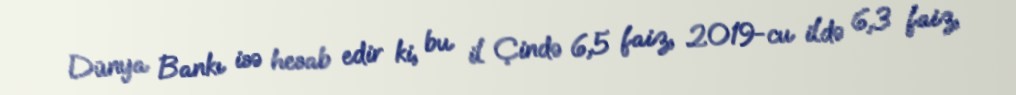
Dünya Bankı isə hesab edir ki, bu il Çində 6,5 faiz, 2019-cu ildə 6,3 faiz,